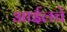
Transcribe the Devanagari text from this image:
आईलचे